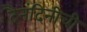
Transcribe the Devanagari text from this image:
दैनंदिनीची